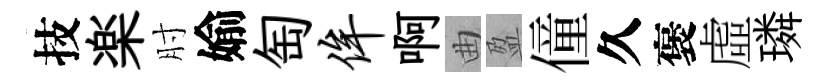
技楽肘媮匋侔啊曲盈僮久褒虛璘